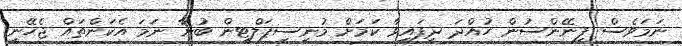
ނަމަވެސް ފިނޭންސުން ހުއްދަ ދީފައިވާ ކަމަށް މުނިސިޕަލްޓީން ބުނާ ނަމަ އެކަންތައް ޖެހޭނީ